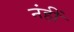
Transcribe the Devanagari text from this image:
नंहीं